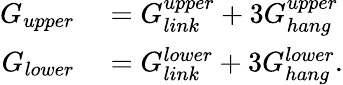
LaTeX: \begin{array}{rl}{G_{upper}}&{{}=G_{link}^{upper}+3G_{hang}^{upper}}\\ {G_{lower}}&{{}=G_{link}^{lower}+3G_{hang}^{lower}.}\end{array}